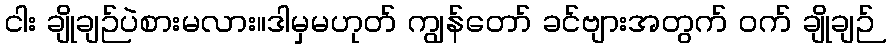
ငါး ချိုချဉ်ပဲစားမလား။ဒါမှမဟုတ် ကျွန်တော် ခင်ဗျားအတွက် ဝက် ချိုချဉ်